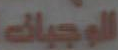
الوجبات